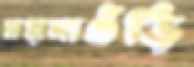
ময়নাগুঁড়ি